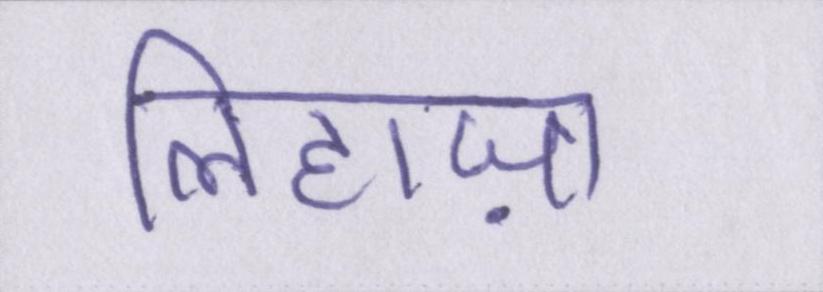
लिहाज़ा